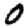
Digit: 0